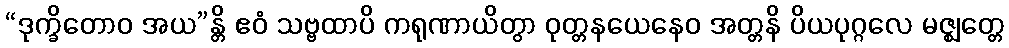
“ဒုက္ခိတောဝ အယ”န္တိ ဧဝံ သဗ္ဗထာပိ ကရုဏာယိတွာ ဝုတ္တနယေနေဝ အတ္တနိ ပိယပုဂ္ဂလေ မဇ္ဈတ္တေ